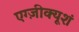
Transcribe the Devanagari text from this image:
एग्ज़ीक्यूशं